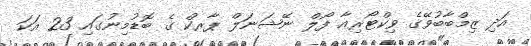
އަދި ޒިމްބާބުވޭގެ ވިކްޓޯރިއާ ފޯލް ނޭޝަނަލް ޕާރކް ގެ ބޮޑުމިނުގައި 23 އަކަ